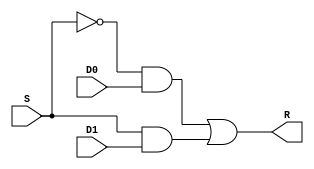
module mux2x1_1bit(
	input D0,
	input D1,		
	input S,
	output R
);


	wire sNot;
	
	wire wAnd0;
	wire wAnd1;
	wire wAnd2;
	wire wAnd3;
	wire wAnd4;
	wire wAnd5;
	wire wAnd6;
	wire wAnd7;
	
	not not0(sNot,S);


	// for D0 to select
	and and0(wAnd0,sNot,D0);
	// for D1 to select
	and and1(wAnd1,S,D1);

	
	or finalOr(R,wAnd0,wAnd1);
	
endmodule